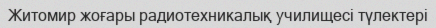
Житомир жоғары радиотехникалық училищесі түлектері